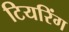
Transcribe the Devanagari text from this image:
टियरिंग